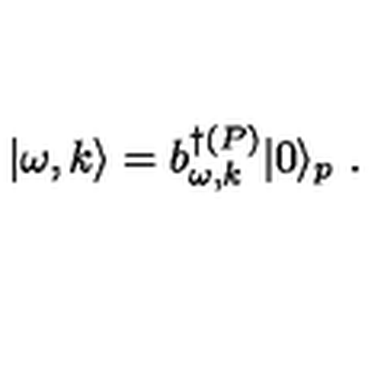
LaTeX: | \omega , k \rangle = b _ { \omega , k } ^ { \dagger ( P ) } | 0 \rangle _ { p } \ .